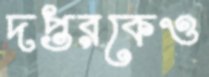
দপ্তরকেও